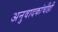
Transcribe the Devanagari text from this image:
अनुवादकांचीही